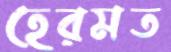
হেরমত